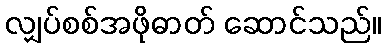
လျှပ်စစ်အဖိုဓာတ် ဆောင်သည်။